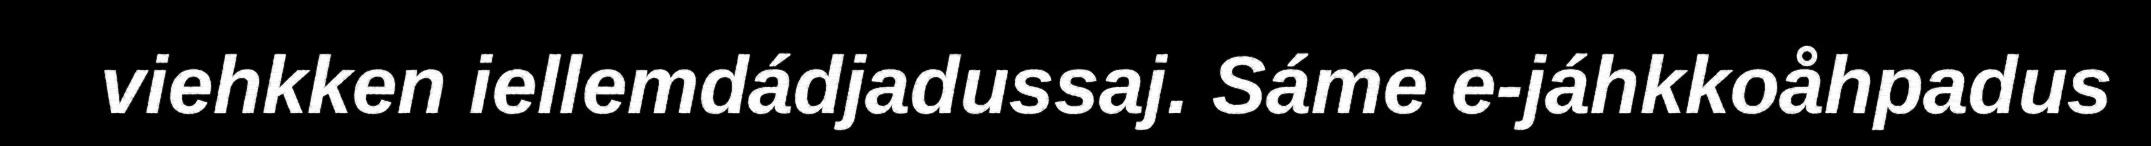
viehkken iellemdádjadussaj. Sáme e-jáhkkoåhpadus